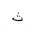
Letter: _tha